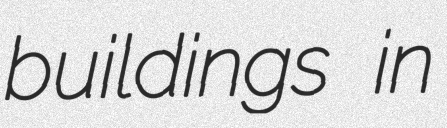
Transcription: buildings in